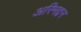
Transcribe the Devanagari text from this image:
अरिमद्दन